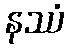
နဿံ